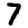
Digit: 7